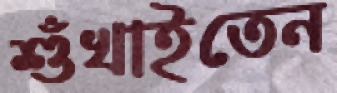
শুঁখাইতেন